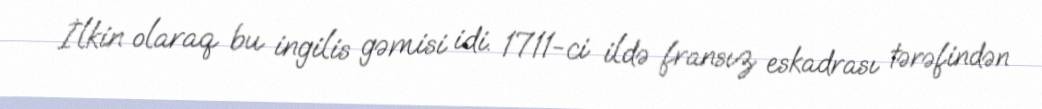
İlkin olaraq bu ingilis gəmisi idi. 1711-ci ildə fransız eskadrası tərəfindən